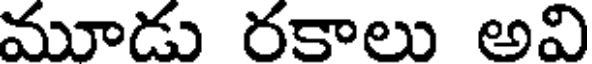
మూడు రకాలు అవి